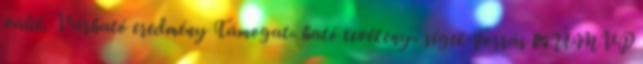
válik. Várható eredmény Támogat- ható tevékeny- ségek Forrás ▪ÚMVP